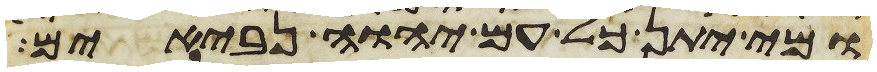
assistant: ומי יתן כל עם יהוה נביאים